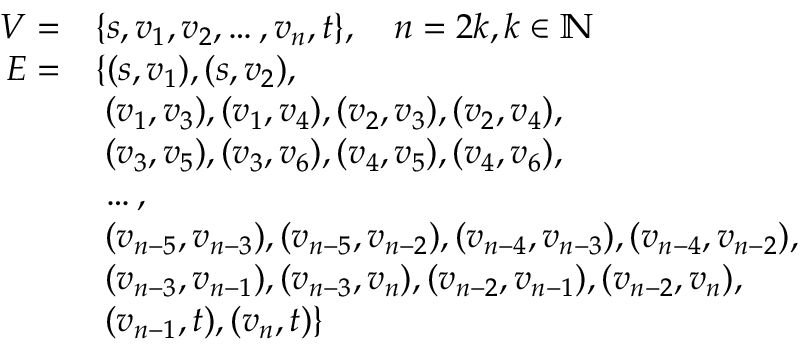
\begin{array} { r l } { V = } & { \{ s , v _ { 1 } , v _ { 2 } , \ldots , v _ { n } , t \} , \quad n = 2 k , k \in \mathbb { N } } \\ { E = } & { \{ ( s , v _ { 1 } ) , ( s , v _ { 2 } ) , } \\ & { \; ( v _ { 1 } , v _ { 3 } ) , ( v _ { 1 } , v _ { 4 } ) , ( v _ { 2 } , v _ { 3 } ) , ( v _ { 2 } , v _ { 4 } ) , } \\ & { \; ( v _ { 3 } , v _ { 5 } ) , ( v _ { 3 } , v _ { 6 } ) , ( v _ { 4 } , v _ { 5 } ) , ( v _ { 4 } , v _ { 6 } ) , } \\ & { \; \ldots , } \\ & { \; ( v _ { n - 5 } , v _ { n - 3 } ) , ( v _ { n - 5 } , v _ { n - 2 } ) , ( v _ { n - 4 } , v _ { n - 3 } ) , ( v _ { n - 4 } , v _ { n - 2 } ) , } \\ & { \; ( v _ { n - 3 } , v _ { n - 1 } ) , ( v _ { n - 3 } , v _ { n } ) , ( v _ { n - 2 } , v _ { n - 1 } ) , ( v _ { n - 2 } , v _ { n } ) , } \\ & { \; ( v _ { n - 1 } , t ) , ( v _ { n } , t ) \} } \end{array}